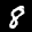
Label: 8